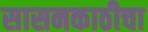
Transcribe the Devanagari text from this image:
सासनकाठीचा